Tezpur Lunatic Asylum reports 1895-1904 - 1895-1904
Year: 1895
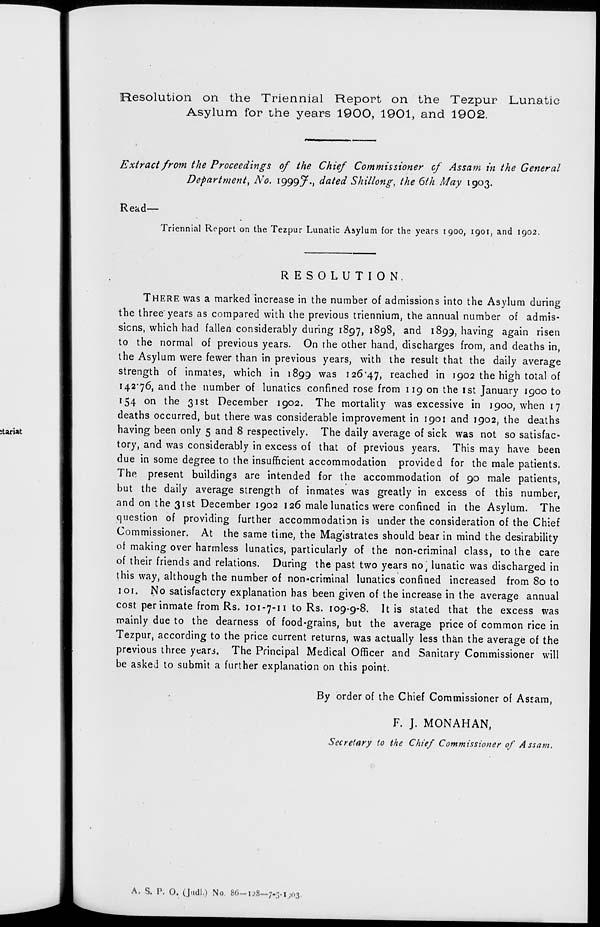
Resolution on the Triennial Report on the Tezpur Lunatic
Asylum for the years 1900, 1901, and 1902.
Extract from the Proceedings of the Chief Commissioner of Assam in the General
Department', No. 1999 J., dated Shillo7ig, the 6th May 1903.
Read-
Triennial Report on the Tezpur Lunatic Asylum for the years 1900, 1901, and 1902,
RESOLUTION.
THERE was a marked increase in the number of admissions into the Asylum during
the three years as compared with the previous triennium, the annual number of admis-
sions, which had fallen considerably during 1897, 1898, and 1899, having again risen
to the normal of previous years. On the other hand, discharges from, and deaths in,
the Asylum were fewer than in previous years, with the result that the daily average
strength of inmates, which in 1899 was 126*47, reached in 1902 the high total of
142*76, and the number of lunatics confined rose from 119 on the 1st January 1900 to
154 on the 31st December 1902. The mortality was excessive in 1900, when 17
deaths occurred, but there was considerable improvement in 1901 and 1902, the deaths
having been only 5 and 8 respectively. The daily average of sick was not so satisfac-
tory, and was considerably in excess of that of previous years. This may have been
due in some degree to the insufficient accommodation provided for the male patients.
The present buildings are intended for the accommodation of 90 male patients,
but the daily average strength of inmates was greatly in excess of this number,
and on the 31st December 1902 126 male lunatics were confined in the Asylum. The
question of providing further accommodatiDn is under the consideration of the Chief
Commissioner. At the same time, the Magistrates should bear in mind the desirability
of making over harmless lunatics, particularly of the non-criminal class, to the care
of their friends and relations. During the past two years no J lunatic was discharged in
this way, although the number of non-criminal lunatics confined increased from 80 to
101. No satisfactory explanation has been given of the increase in the average annual
cost per inmate from Rs. 101-7-11 to Rs. 109-9-8. It is stated that the excess was
mainly due to the dearness of food-grains, but the average price of common rice in
Tezpur, according to the price current returns, was actually less than the average of the
previous three yeari. The Principal Medical Officer and Sanitary Commissioner will
be asked to submit a further explanation on this point.
By order of the Chief Commissioner of Assam,
F. J. MONAHAN,
Secretary to the Chief Commissioner of Assam,
A. S. P, O. (J.tdl.) No. 86-1.'8—7-.1-IJ03.